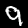
Label: 9